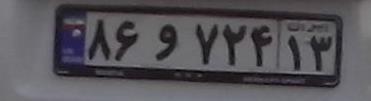
۸۶و۷۲۴۱۳